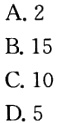
A. 2
B. 15
C. 10
D. 5